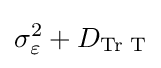
\sigma _{\varepsilon }^{2}+D_{\text{Tr T}}